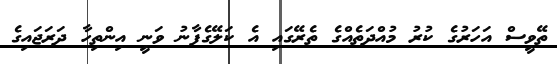
ތޭވީސް އަހަރުގެ ކުރު މުއްދަތެއްގެ ތެރޭގައި އެ ކަލޭގެފާނު ވަނީ އިންތިހާ ދަރަޖައިގެ